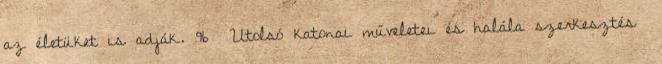
az életüket is adják. 96 Utolsó katonai műveletei és halála szerkesztés